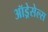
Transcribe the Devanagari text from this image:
ऑड्रेसेल्स